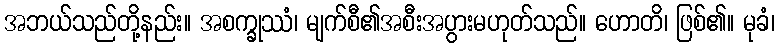
အဘယ်သည်တို့နည်း။ အစက္ခုဿံ၊ မျက်စီ၏အစီးအပွားမဟုတ်သည်။ ဟောတိ၊ ဖြစ်၏။ မုခံ၊